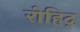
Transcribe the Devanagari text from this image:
रोहिद्